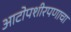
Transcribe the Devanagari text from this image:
आटोपशीरपणाचा